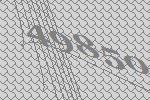
49850